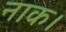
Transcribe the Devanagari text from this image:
नाक।